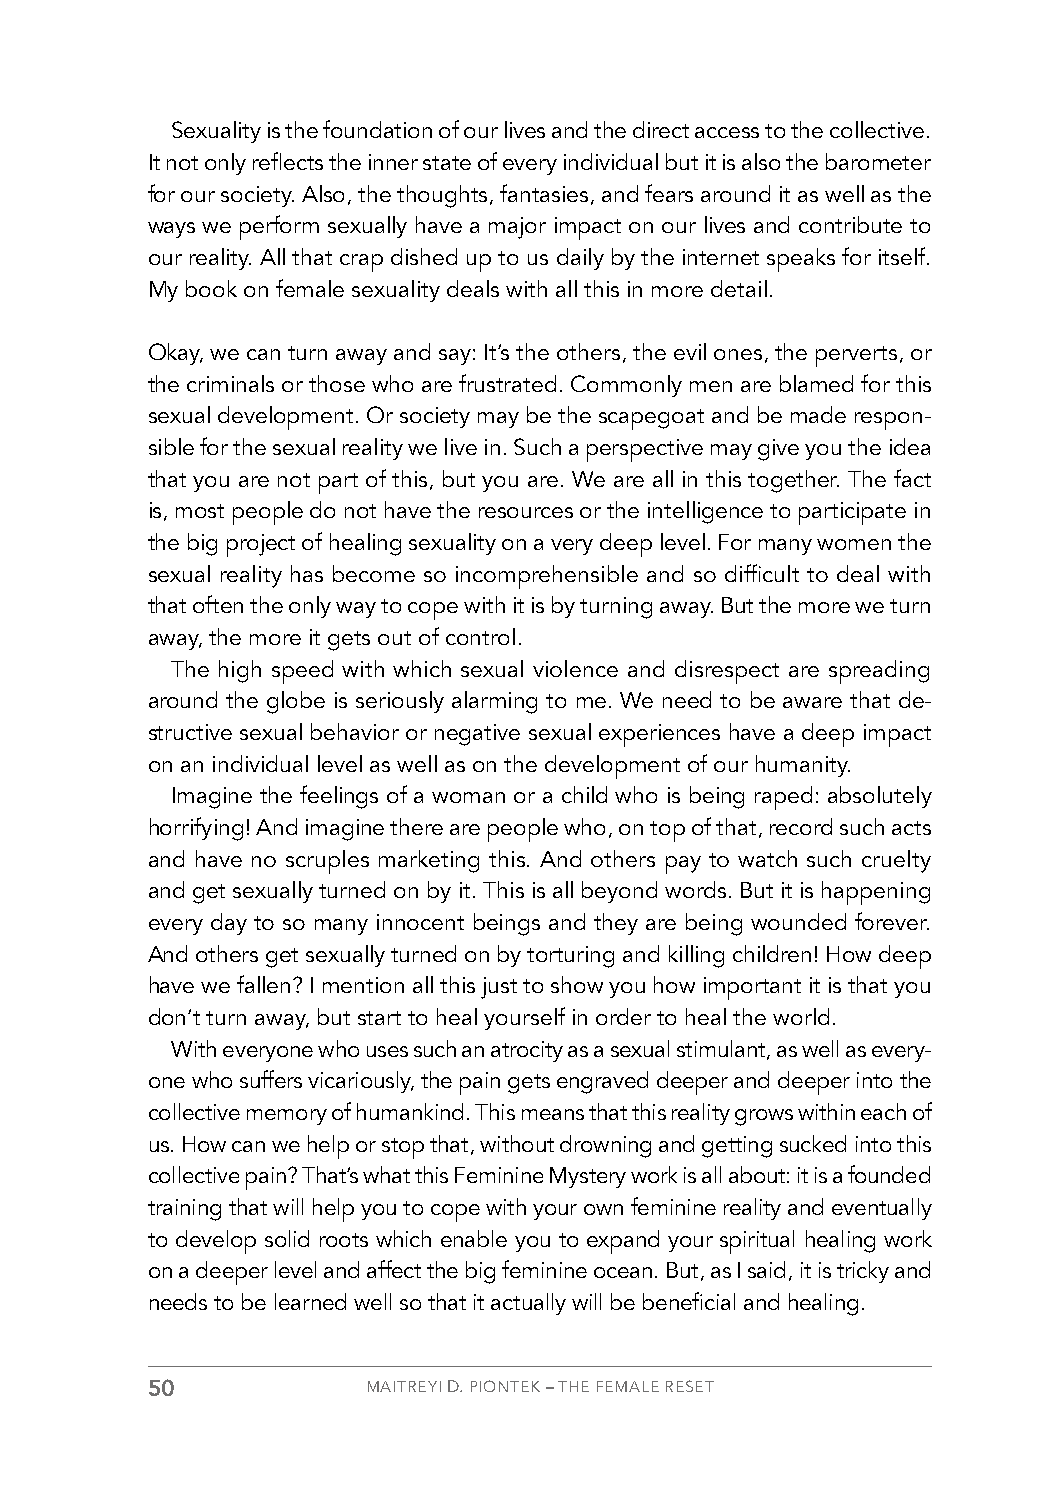
Sexuality is the foundation of our lives and the direct access to the collective.
 It not only reflects the inner state of every individual but it is also the barometer
 for our society. Also, the thoughts, fantasies, and fears around it as well as the
 ways we perform sexually have a major impact on our lives and contribute to
 our reality. All that crap dished up to us daily by the internet speaks for itself.
 My book on female sexuality deals with all this in more detail.
 Okay, we can turn away and say: It’s the others, the evil ones, the perverts, or
 the criminals or those who are frustrated. Commonly men are blamed for this
 sexual development. Or society may be the scapegoat and be made respon-
 sible for the sexual reality we live in. Such a perspective may give you the idea
 that you are not part of this, but you are. We are all in this together. The fact
 is, most people do not have the resources or the intelligence to participate in
 the big project of healing sexuality on a very deep level. For many women the
 sexual reality has become so incomprehensible and so difficult to deal with
 that often the only way to cope with it is by turning away. But the more we turn
 away, the more it gets out of control.
 The high speed with which sexual violence and disrespect are spreading
 around the globe is seriously alarming to me. We need to be aware that de-
 structive sexual behavior or negative sexual experiences have a deep impact
 on an individual level as well as on the development of our humanity.
 Imagine the feelings of a woman or a child who is being raped: absolutely
 horrifying! And imagine there are people who, on top of that, record such acts
 and have no scruples marketing this. And others pay to watch such cruelty
 and get sexually turned on by it. This is all beyond words. But it is happening
 every day to so many innocent beings and they are being wounded forever.
 And others get sexually turned on by torturing and killing children! How deep
 have we fallen? I mention all this just to show you how important it is that you
 don’t turn away, but start to heal yourself in order to heal the world.
 With everyone who uses such an atrocity as a sexual stimulant, as well as every-
 one who suffers vicariously, the pain gets engraved deeper and deeper into the
 collective memory of humankind. This means that this reality grows within each of
 us. How can we help or stop that, without drowning and getting sucked into this
 collective pain? That’s what this Feminine Mystery work is all about: it is a founded
 training that will help you to cope with your own feminine reality and eventually
 to develop solid roots which enable you to expand your spiritual healing work
 on a deeper level and affect the big feminine ocean. But, as I said, it is tricky and
 needs to be learned well so that it actually will be beneficial and healing.
 50            MAITREYI D. PIONTEK – THE FEMALE RESET